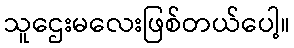
သူဌေးမလေးဖြစ်တယ်ပေါ့။